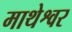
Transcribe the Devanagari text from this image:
माथेश्वर